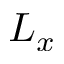
L _ { x }